Annual report of the Punjab Veterinary College and of the Civil Veterinary Department, Punjab - 1894-1908
Year: 1894
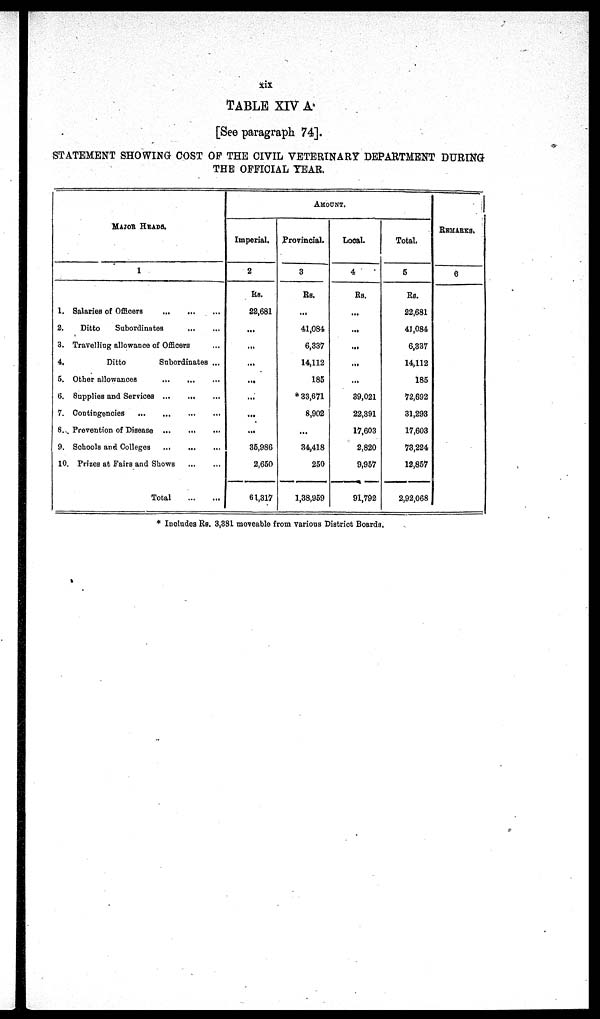
xix
TABLE XIV A
[See paragraph 74].
STATEMENT SHOWING COST OF THE CIVIL VETERINARY DEPARTMENT DURING
THE OFFICIAL YEAR.
MAJOR HEADS
1
1. Salaries of Officers
...
...
2.
Ditto
Subordinates
...
...
3. Travelling allowance of Officers ...
4.
Ditto
Snbordinates ...
5. Other allowances ... ...
6. Supplies and Services ...
...
7. Contingencies
...
...
...
8. Prevention of Disease ... ... ...
9. Schools and Colleges
...
...
10. Prizes at Fairs and Shows ... ...
Total
...
...
AMOUNT
Imperial.
2
Rs.
22,681
...
...
...
...
...
...
...
35,986
2,650
61,317
Provincial.
3
RS.
...
41,084
6,337
14,112
185
* 33,671
8,902
...
34,418
250
1,38,959
Local.
4
Rs.
...
...
...
...
...
39,021
22,391
17,603
2,820
9,957
91,792
Total.
5
Rs.
22,681
41,084
6,337
14,112
185
72,692
31,293
17,603
73,224
12,857
2,92,068
REMARKS.
6
* Includes Rs. 3,381 moveable from various District Boards.